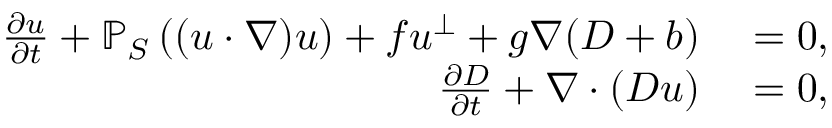
\begin{array} { r l } { \frac { \partial u } { \partial t } + \mathbb { P } _ { S } \left( ( u \cdot \nabla ) u \right) + f u ^ { \perp } + g \nabla ( D + b ) } & { { } = 0 , } \\ { \frac { \partial D } { \partial t } + \nabla \cdot ( D u ) } & { { } = 0 , } \end{array}